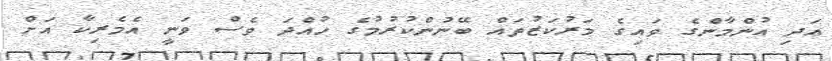
އަދި އުންމާންގެ ވައިގެ މަރުކަޒުތައް ބޭނުންކުރުމުގެ ހުއްދަ ވެސް ވަނީ އެމެރިކާ އަށް